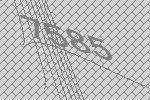
7585